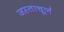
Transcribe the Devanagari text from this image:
जस्ताचूर्ण